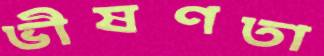
ভীষণতা